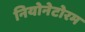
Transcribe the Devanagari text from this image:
नियोनेटोरम